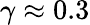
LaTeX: \gamma\approx 0.3